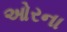
ઓરના